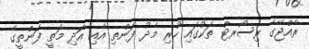
ރާއްޖޭގެ ރިސޯރޓް ތަކުގައި ހުރި މެދު ފަންތި އާއި އަދި މަތީ ފަންތީގެ